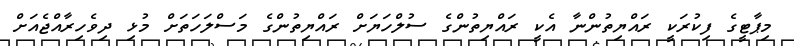
މިޕާޓީގެ ފިކުރަކީ ރައްޔިތުންނާ އެކީ ރައްޔިތުންގެ ސުލްހަޔަށް ރައްޔިތުންގެ މަސްލަހަތަށް މުޅި ދިވެހިރާއްޖެއަށް